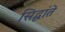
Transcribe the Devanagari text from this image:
सिद्धांते